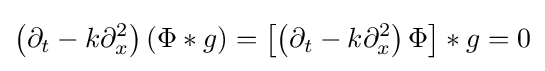
\left(\partial _{t}-k\partial _{x}^{2}\right)(\Phi *g)=\left[\left(\partial _{t}-k\partial _{x}^{2}\right)\Phi \right]*g=0